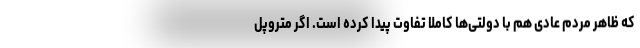
که ظاهر مردم عادی هم با دولتی‌ها کاملا تفاوت پیدا کرده است. اگر متروپل